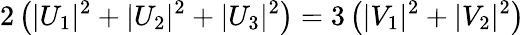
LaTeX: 2\left(|U_{1}|^{2}+|U_{2}|^{2}+|U_{3}|^{2}\right)=3\left(|V_{1}|^{2}+|V_{2}|^{2}\right)